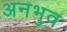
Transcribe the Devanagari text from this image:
अनभुव